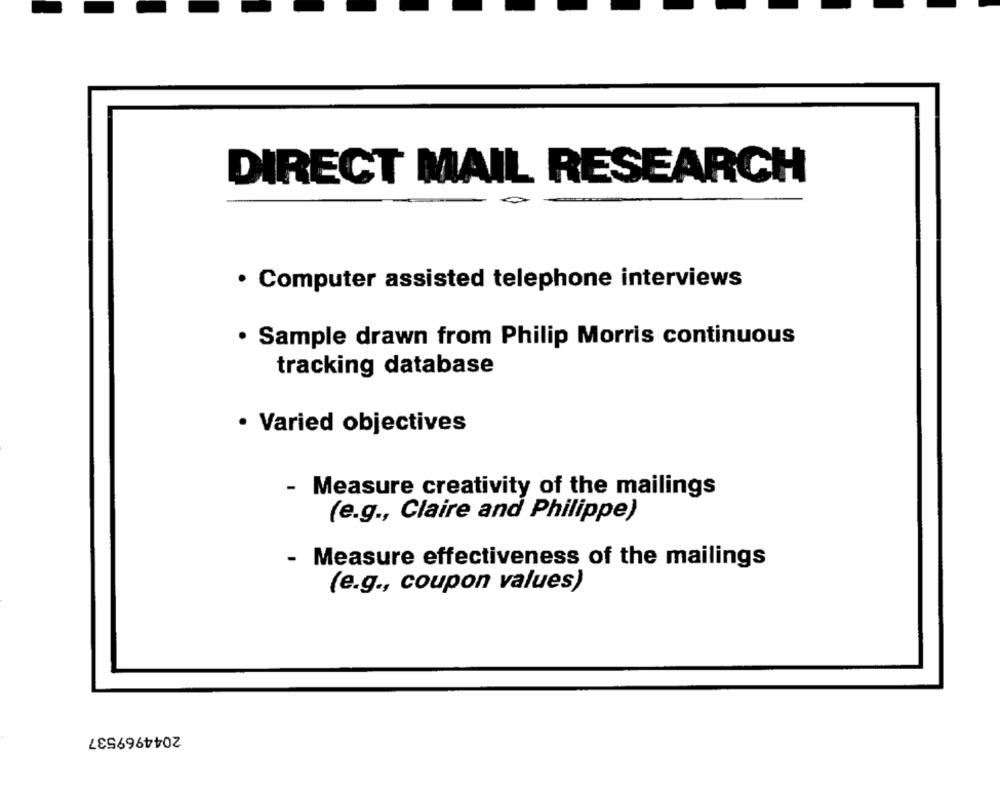
DIRECT MAIL RESEARCH
· Computer assisted telephone interviews
· Sample drawn from Philip Morris continuous
tracking database
· Varied objectives
- Measure creativity of the mailings
(e.g ., Claire and Philippe)
- Measure effectiveness of the mailings
(e.g ., coupon values)
2044969537